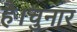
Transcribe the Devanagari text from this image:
है।चुनार